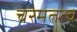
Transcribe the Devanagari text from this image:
चरमतत्व